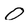
Character: O